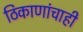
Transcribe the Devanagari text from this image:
ठिकाणांचाही